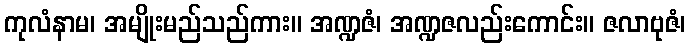
ကုလံနာမ၊ အမျိုးမည်သည်ကား။ အဏ္ဍဇံ၊ အဏ္ဍဇလည်းကောင်း။ ဇလာဗုဇံ၊